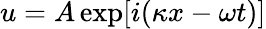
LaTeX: u=A\exp[i(\kappa x-\omega t)]